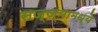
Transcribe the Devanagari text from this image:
सज्ज्यामध्ये